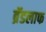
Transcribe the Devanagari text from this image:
ब्रॅडलाफ